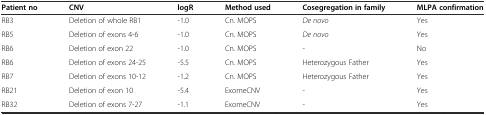
| Patient no | CNV | logR | Method used | Cosegregation in family | MLPA confirmation |
 | --- | --- | --- | --- | --- | --- |
 | RB3 | Deletion of whole RB1 | -1.0 | Cn. MOPS | De novo | Yes |
 | RB5 | Deletion of exons 4-6 | -1.0 | Cn. MOPS | De novo | Yes |
 | RB6 | Deletion of exon 22 | -1.0 | Cn. MOPS | - | No |
 | RB6 | Deletion of exons 24-25 | -5.5 | Cn. MOPS | Heterozygous Father | Yes |
 | RB7 | Deletion of exons 10-12 | -1.2 | Cn. MOPS | Heterozygous Father | Yes |
 | RB21 | Deletion of exon 10 | -5.4 | ExomeCNV | - | Yes |
 | RB32 | Deletion of exons 7-27 | -1.1 | ExomeCNV | - | Yes |